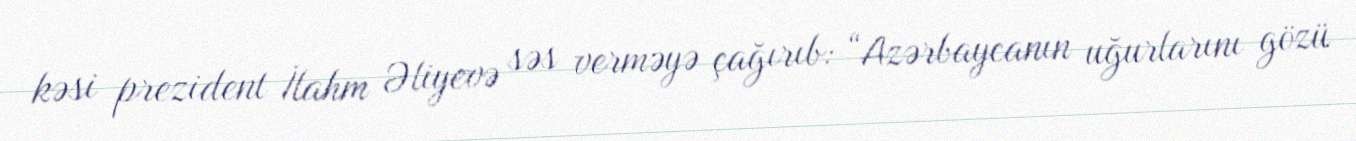
kəsi prezident İlahm Əliyevə səs verməyə çağırıb: “Azərbaycanın uğurlarını gözü